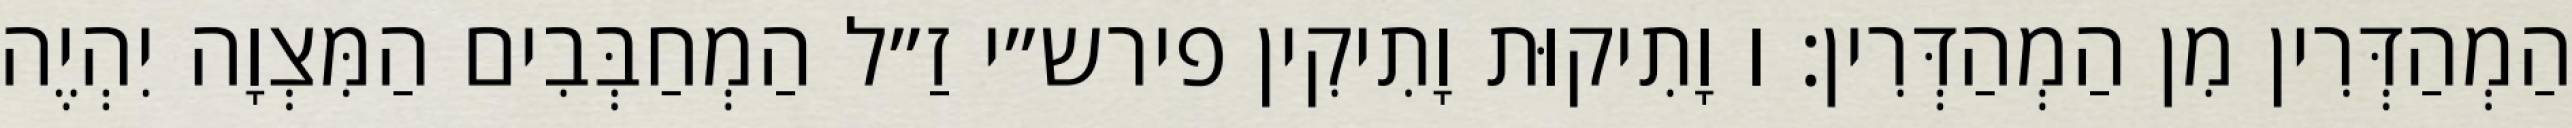
הַמְהַדְּרִין מִן הַמְהַדְּרִין: ו וָתִיקוּת וָתִיקִין פירש״י זַ״ל הַמְחַבְּבִים הַמִּצְוָה יִהְיֶה